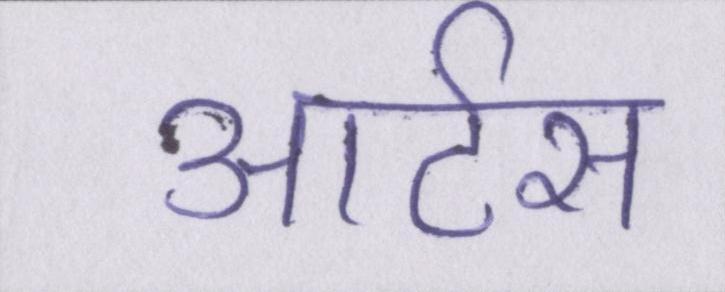
आर्टस